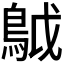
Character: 𩿠